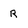
Character: r